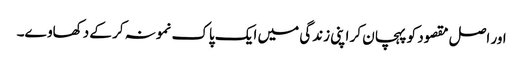
اور اصل مقصود کو پہچان کر اپنی زندگی میں ایک پاک نمونہ کر کے دکھاوے۔